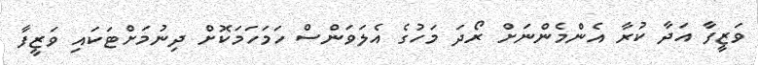
ވަޒީފާ އަދާ ކުރާ އެންމެންނަށް ރޯދަ މަހުގެ އެލަވަންސް ހަމަހަމަކޮށް ދިނުމަށްޓަކައި ވަޒީފާ